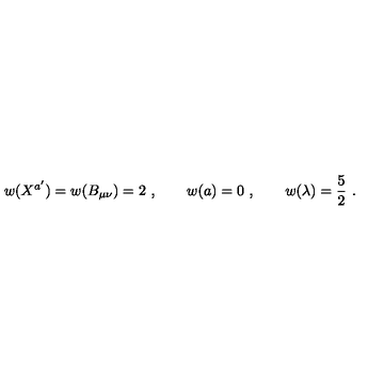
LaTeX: w ( X ^ { a ^ { \prime } } ) = w ( B _ { \mu \nu } ) = 2 \ , \qquad w ( a ) = 0 \ , \qquad w ( \lambda ) = { \frac { 5 } { 2 } } \ .